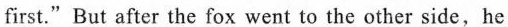
first."But after the fox went to the other side,he